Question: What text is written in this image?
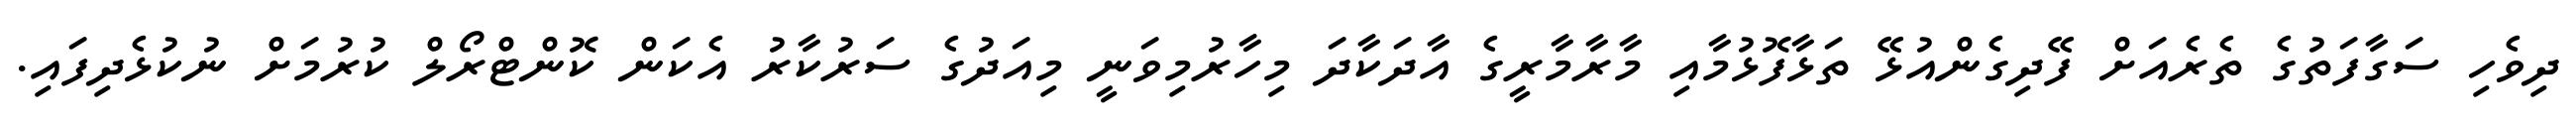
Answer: ދިވެހި ސަގާފަތުގެ ތެރެއަށް ފޭދިގެންއުޅޭ ތަޅާފޮޅުމާއި މާރާމާރީގެ އާދަކާދަ މިހާރުމިވަނީ މިއަދުގެ ސަރުކާރު އެކަން ކޮންޓްރޯލް ކުރުމަށް ނުކުޅެދިފައި.